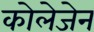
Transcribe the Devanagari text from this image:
कोलेजेन